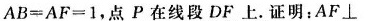
$$A B=AF=1$$,点 P在线段 DF 上.证明:AF \perp